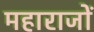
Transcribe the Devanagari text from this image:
महाराजों